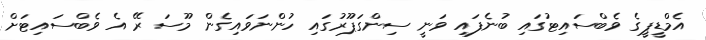
އެމްޑީޕީގެ ވެބްސައިޓުގައި ބުނެފައި ވަނީ ސިންގަޕޫރުގައި ހުންނަވައިގެން މޫސަ ރޭ އެ ވެބްސައިޓަށް